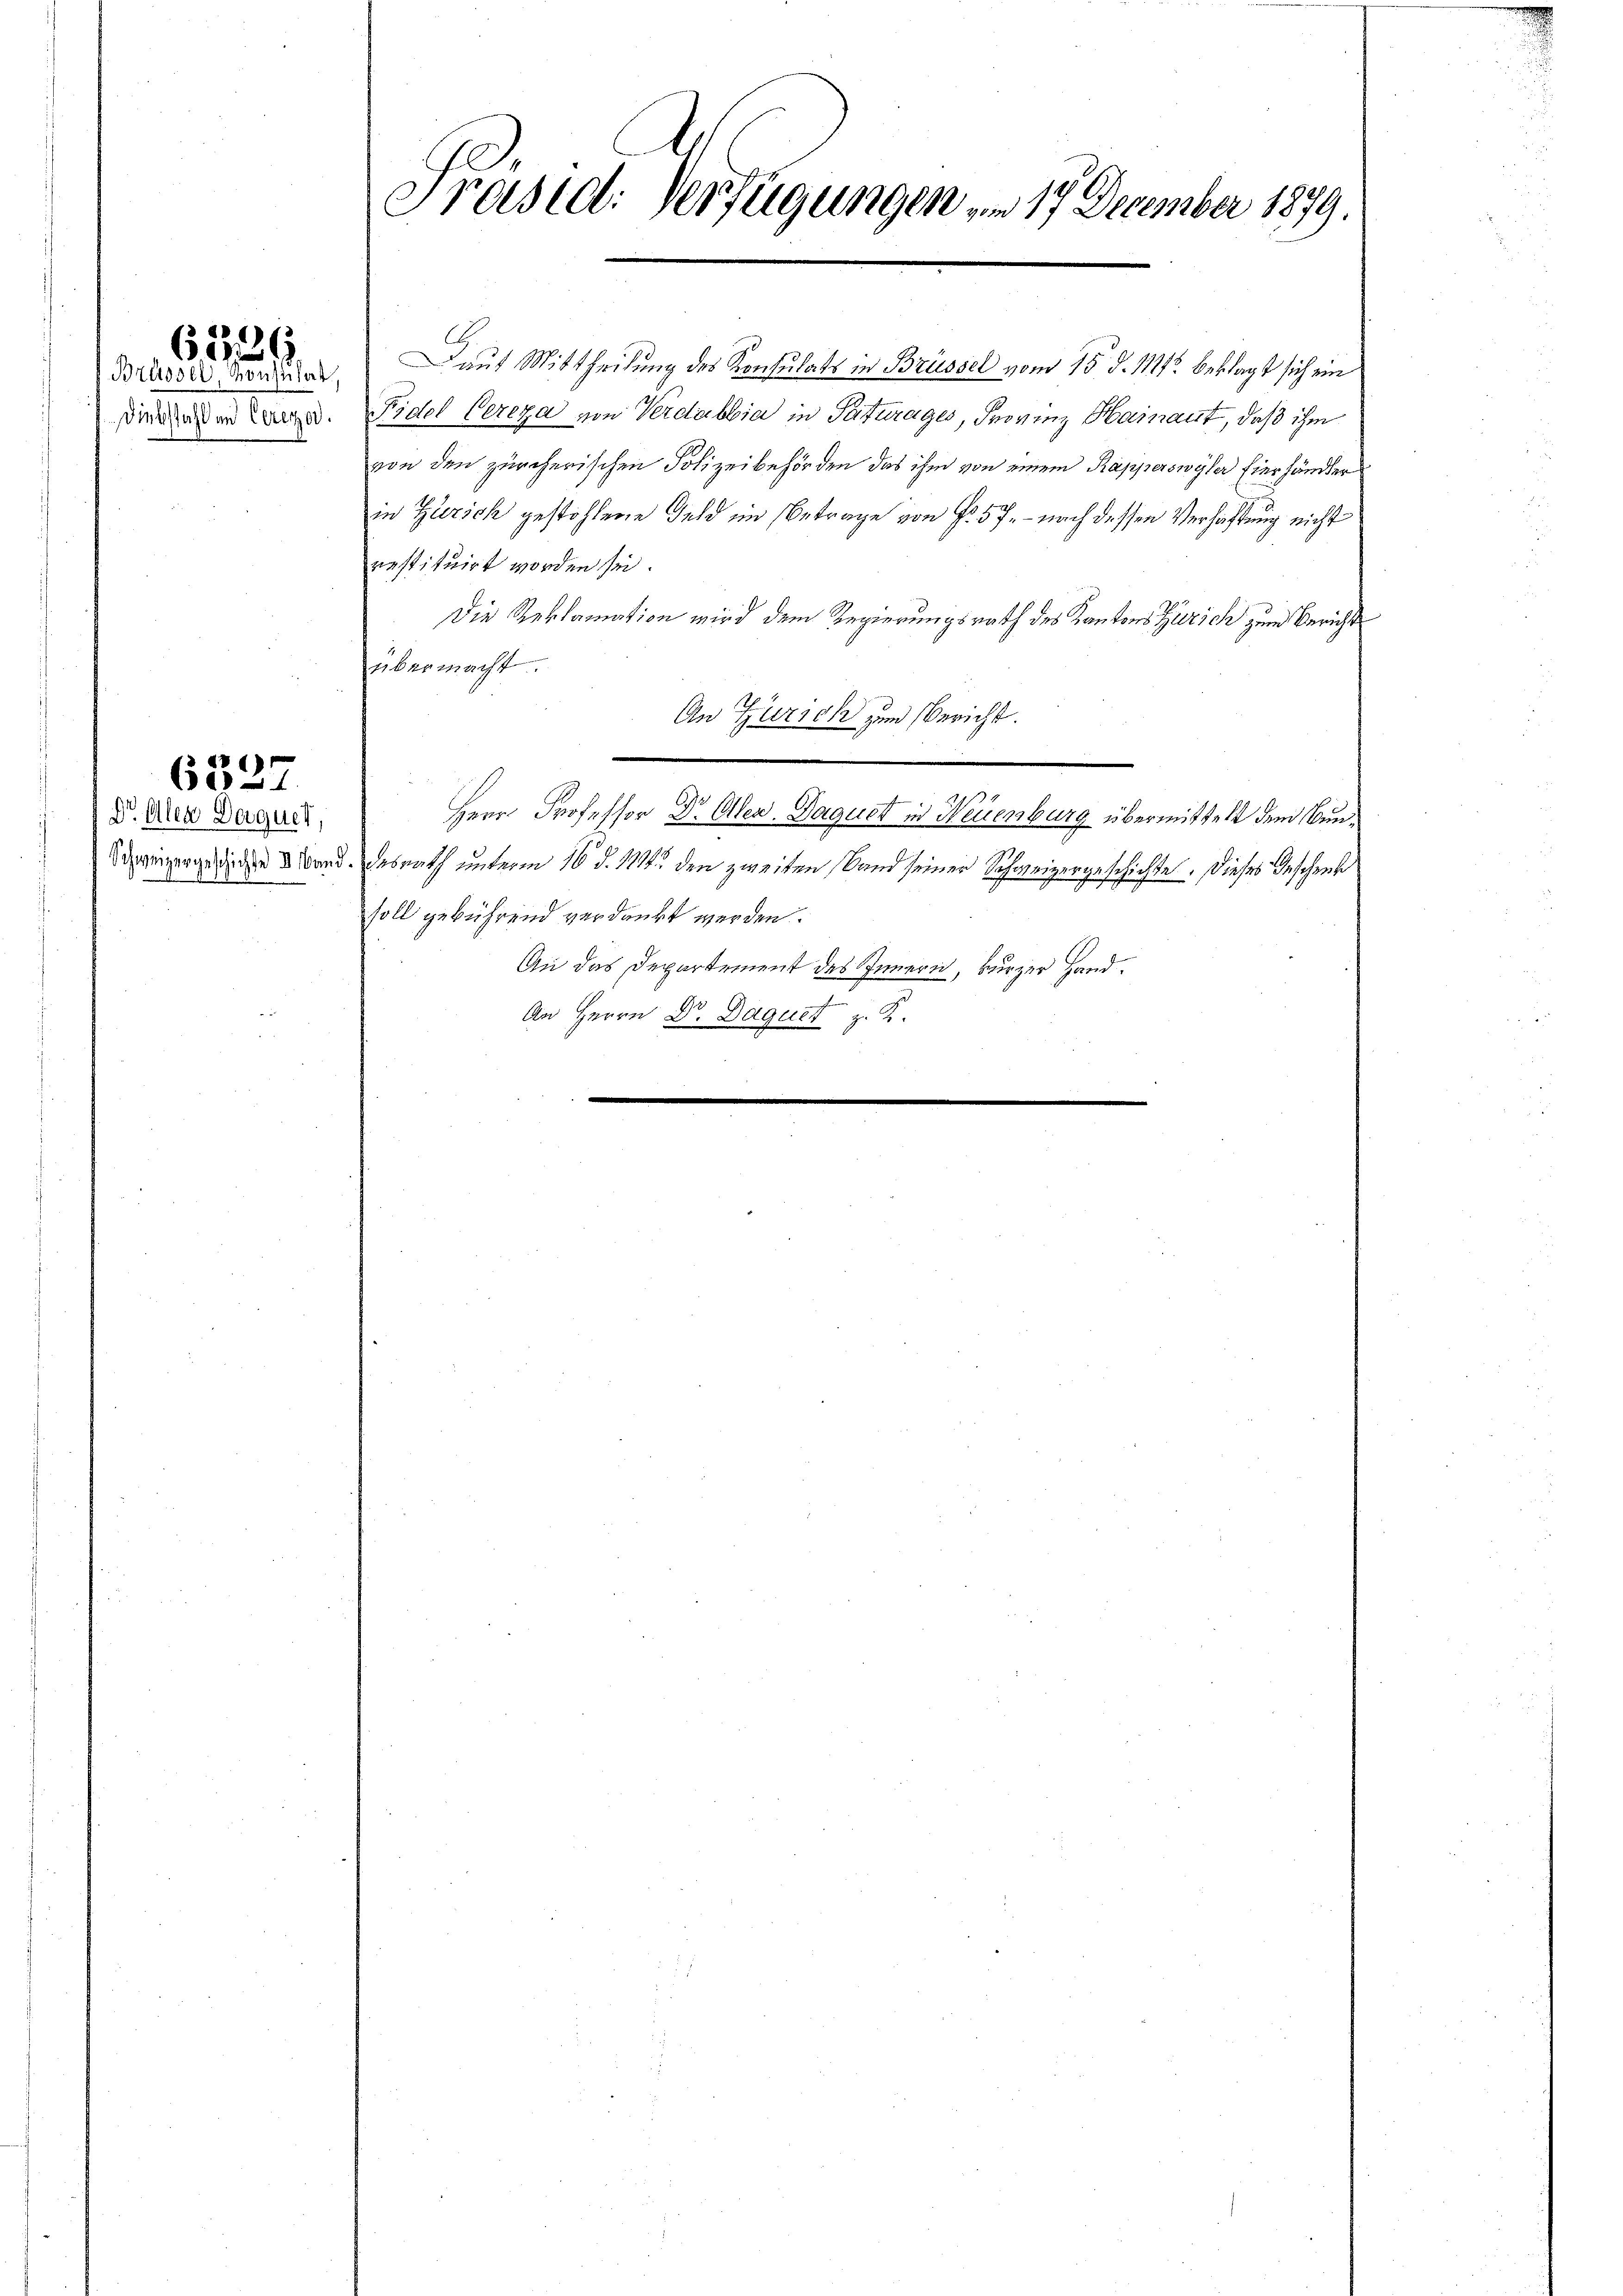
Brüssel, Konsulat,
Diebstahl und Cereza

96
622

6327.

Dr. Alea Doquer,
Schweizergeschichte Band.

Präsid: Verfügungen am 17. December 1879.

Daut Mittheilung des Konsulats in Brüssel vom 15. d. 112. beklagt sich ein
Fidel Cereza von Verdabbia in Saturages, Frovinz Hainant, daß ihm
von den zürcherischen Polizeibehörden das ihm von einem Rapperswyler hierhändler
in Zürich gestohlene Geld im Betrage von f. 57. - nach dessen Verhaftung nicht
restituirt worden sei.
Die Reklamation wird dem Regierungsrath des Kantons Zürich zum Bericht
übermacht.
An Zürich zum Bericht.
Herr Professor Dr. Allen. Daguet in Neuenburg übermittelt dem Bundesrath unterm 16. d. 114. den zweiten Band seiner Schweizergeschichte. Dieses Geschenk
soll gebührend verdankt werden.
An das Departement des Innern, kurzer Hand¬
2
An Herrn Dr. Daguet z. B.
e